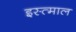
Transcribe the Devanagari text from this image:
इस्त्माल